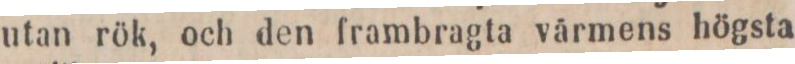
utan rök, och den frambragta värmens högsta